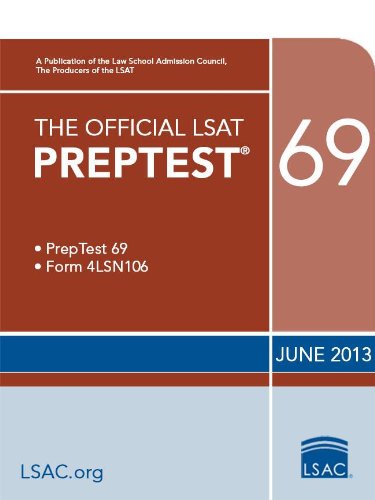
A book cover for Official LSAT PrepTest 69: (June 2013 LSAT) (Official LSAT PrepTests); Law School Admission Council; Test Preparation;